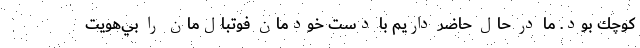
كوچك بود. ما در حال حاضر داريم با دست خودمان فوتبال‌مان را بي‌هويت